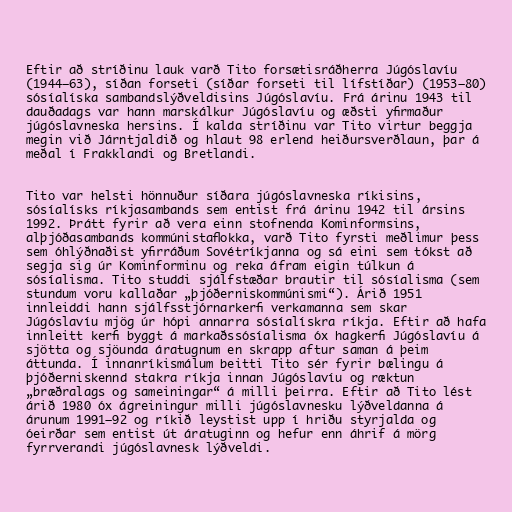
Eftir að stríðinu lauk varð Tito forsætisráðherra Júgóslavíu
(1944–63), síðan forseti (síðar forseti til lífstíðar) (1953–80)
sósíalíska sambandslýðveldisins Júgóslavíu. Frá árinu 1943 til
dauðadags var hann marskálkur Júgóslavíu og æðsti yfirmaður
júgóslavneska hersins. Í kalda stríðinu var Tito virtur beggja
megin við Járntjaldið og hlaut 98 erlend heiðursverðlaun, þar á
meðal í Frakklandi og Bretlandi.

Tito var helsti hönnuður síðara júgóslavneska ríkisins,
sósíalísks ríkjasambands sem entist frá árinu 1942 til ársins
1992. Þrátt fyrir að vera einn stofnenda Kominformsins,
alþjóðasambands kommúnistaflokka, varð Tito fyrsti meðlimur þess
sem óhlýðnaðist yfirráðum Sovétríkjanna og sá eini sem tókst að
segja sig úr Kominforminu og reka áfram eigin túlkun á
sósíalisma. Tito studdi sjálfstæðar brautir til sósíalisma (sem
stundum voru kallaðar „þjóðerniskommúnismi“). Árið 1951
innleiddi hann sjálfsstjórnarkerfi verkamanna sem skar
Júgóslavíu mjög úr hópi annarra sósíalískra ríkja. Eftir að hafa
innleitt kerfi byggt á markaðssósíalisma óx hagkerfi Júgóslavíu á
sjötta og sjöunda áratugnum en skrapp aftur saman á þeim
áttunda. Í innanríkismálum beitti Tito sér fyrir bælingu á
þjóðerniskennd stakra ríkja innan Júgóslavíu og ræktun
„bræðralags og sameiningar“ á milli þeirra. Eftir að Tito lést
árið 1980 óx ágreiningur milli júgóslavnesku lýðveldanna á
árunum 1991–92 og ríkið leystist upp í hriðu styrjalda og
óeirðar sem entist út áratuginn og hefur enn áhrif á mörg
fyrrverandi júgóslavnesk lýðveldi.